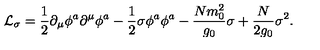
{ \cal L } _ { \sigma } = { \frac { 1 } { 2 } } \partial _ { \mu } \phi ^ { a } \partial ^ { \mu } \phi ^ { a } - { \frac { 1 } { 2 } } \sigma \phi ^ { a } \phi ^ { a } - { \frac { N m _ { 0 } ^ { 2 } } { g _ { 0 } } } \sigma + { \frac { N } { 2 g _ { 0 } } } \sigma ^ { 2 } .